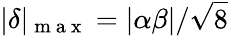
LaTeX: |\delta|_{\mathrm{~m~a~x~}}=|\alpha\beta|/\sqrt{8}